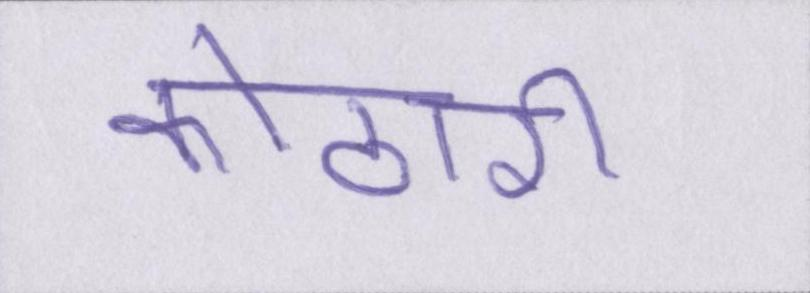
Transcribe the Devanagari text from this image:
कोठारी